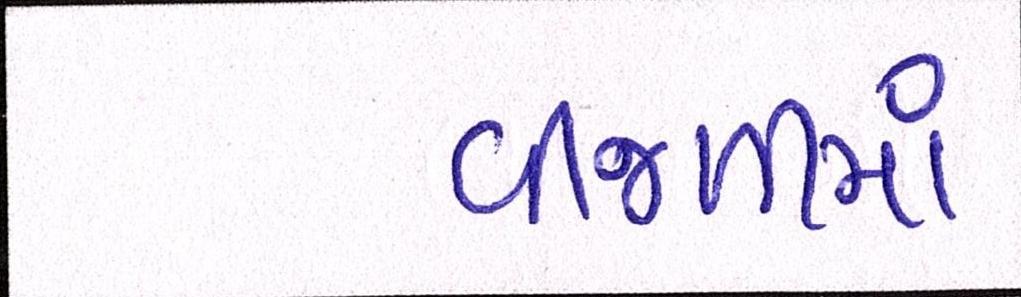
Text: વીજળીમાં